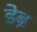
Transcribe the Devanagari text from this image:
डेब्रे